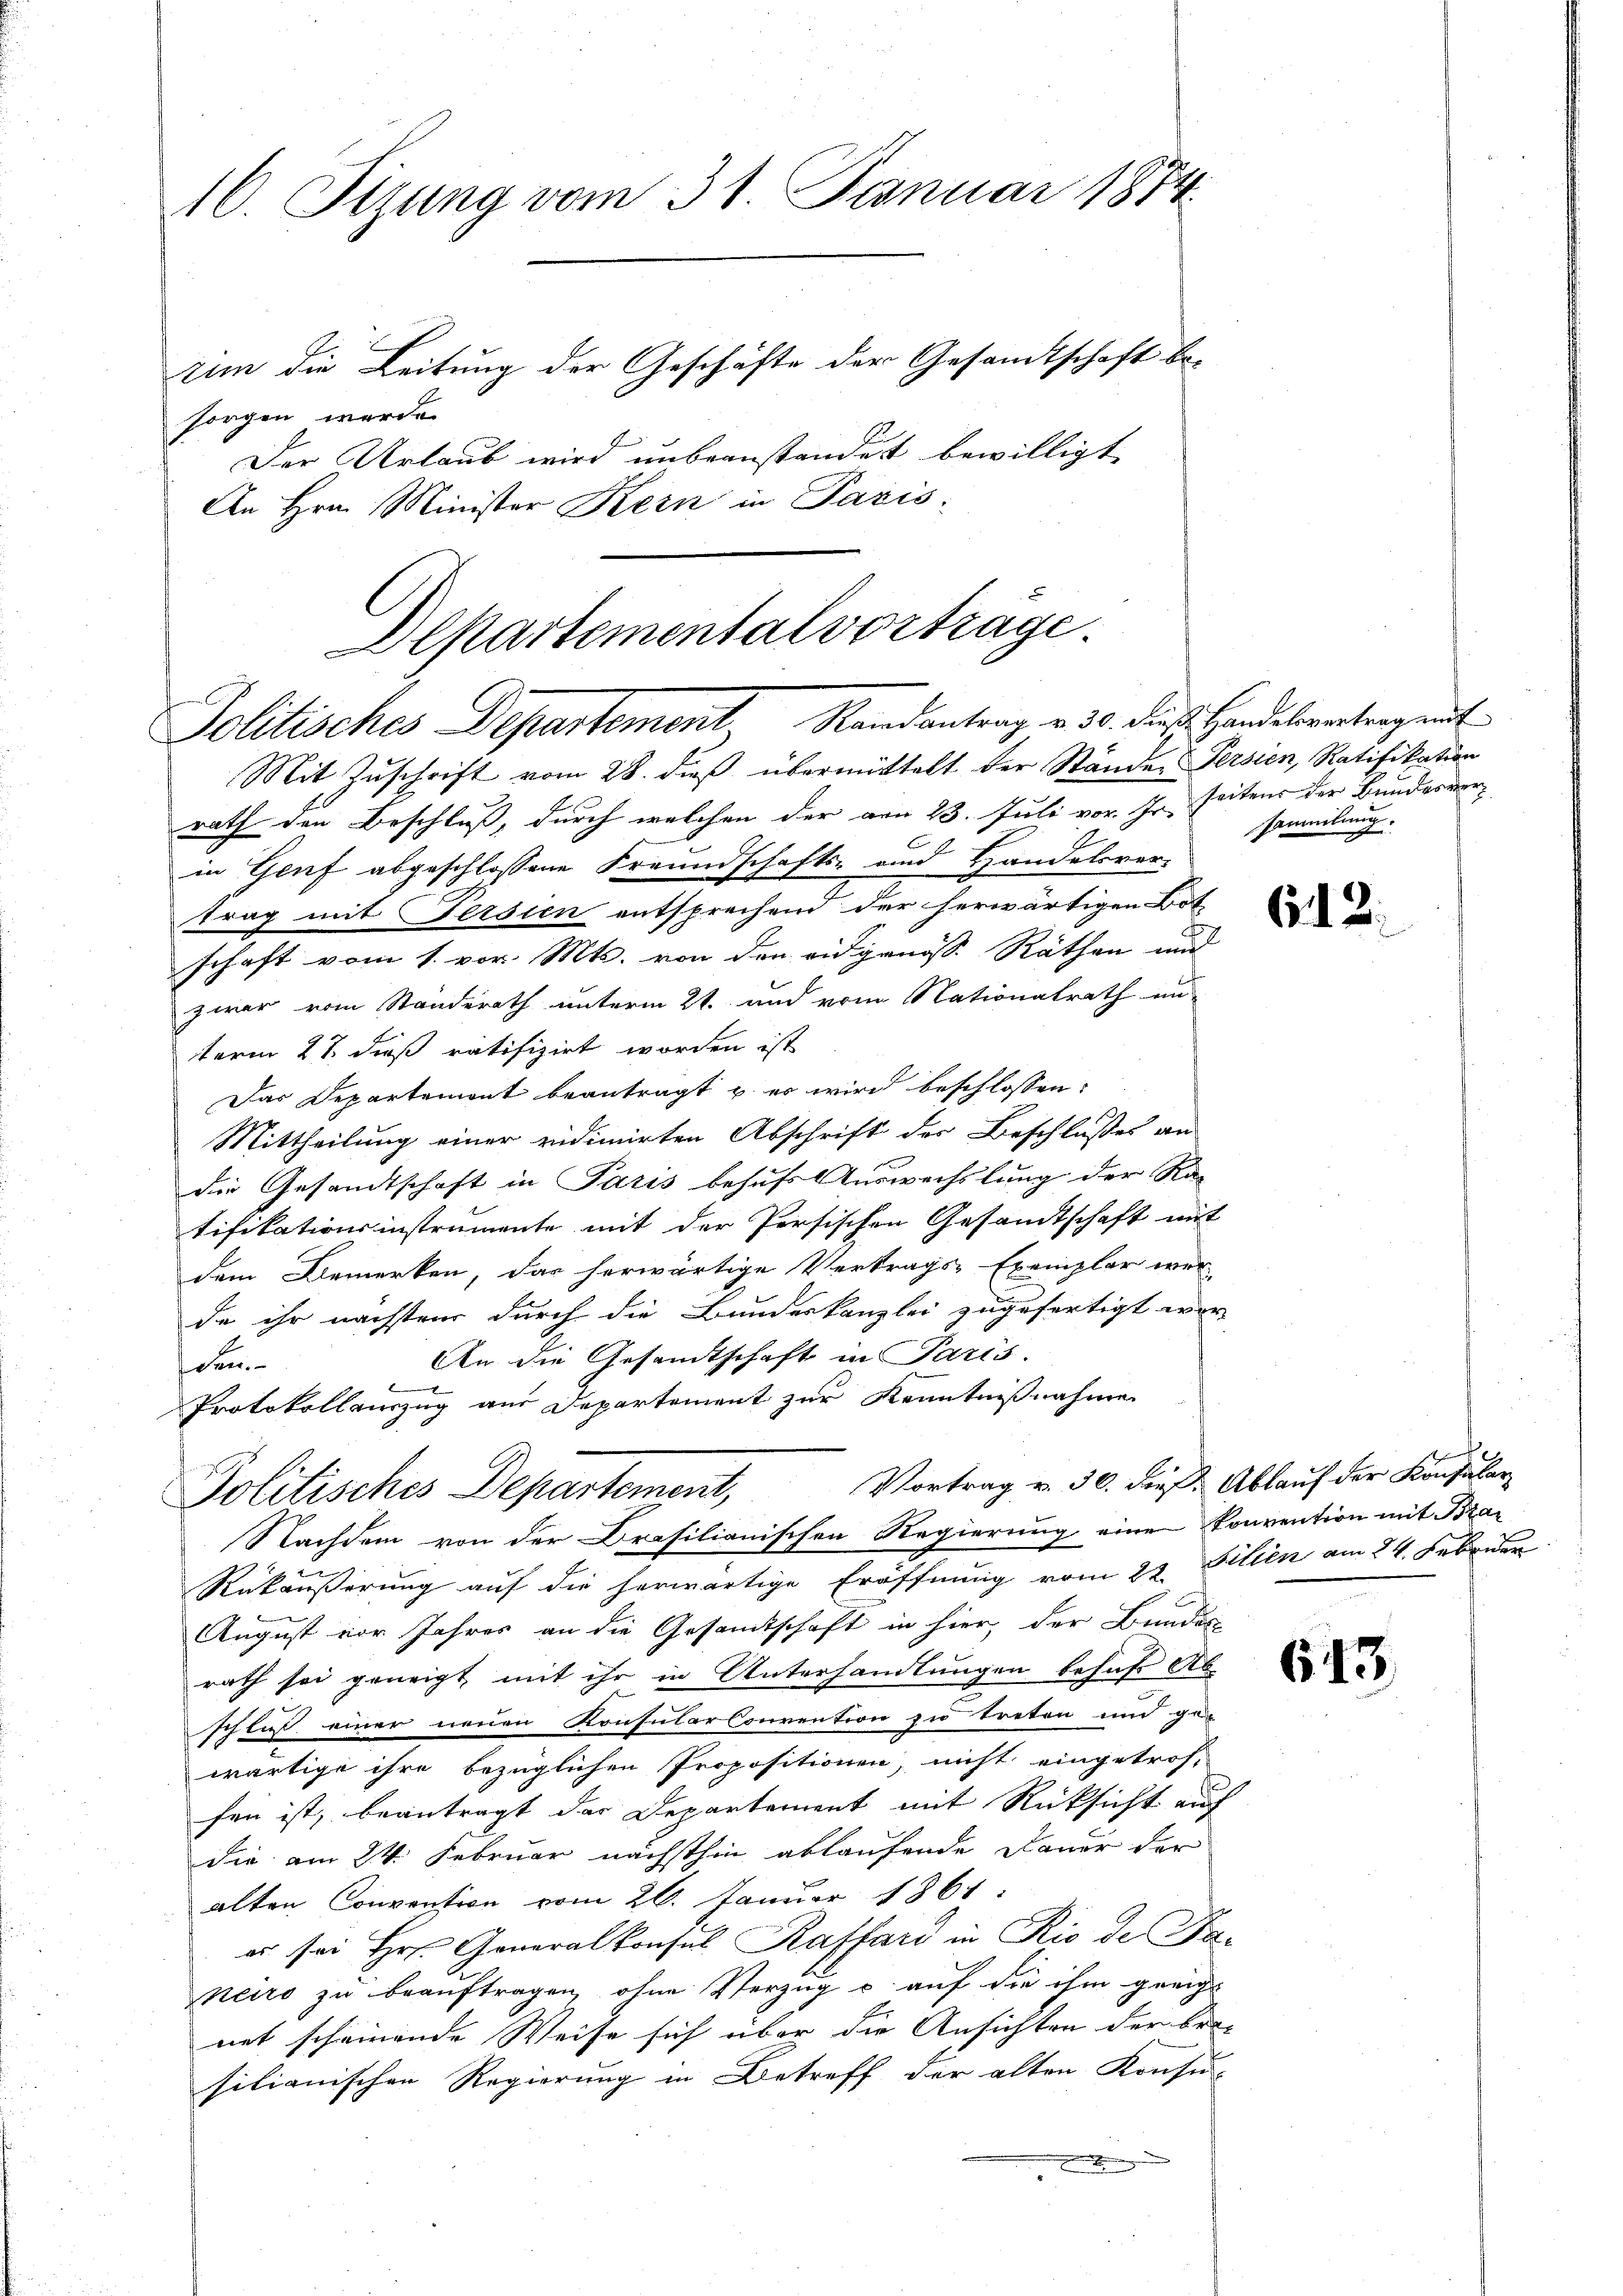
16. Sizung vom 31. Januar 1874
zum die Leitung der Geschäfte der Gesamtschaft be-
sorgen wurde.

An Hrn. Minister Kern in Paris

Der Urlaub wird unbeanstandet bewilligt

Departemental vorträge.
Politisches Departement Randantrag v. 30. dies Handelsvertragent
Mit Zuschrift vom 28. dieß übermittelt der Stände Persien, Ratifikation

rath den Beschluß, durch welchen der am 23. Juli vor. Js. seitens der Bundesverin Genf abgeschlossene Freundschafts- und Handelsver-
trag mit Fersien entsprechend der herwärtigen Bot
schaft vom 1. vor. Mts. von den eidgenosse Räthen und
zwar vom Standerath unterm 21. und vom Nationalrath un-
term 27. dieß ratifizirt worden ist
Das Departemont beantragt u. er wird beschlossen:
Mittheilung einer vidimirten Abschrift der Beschlusses an
die Gesandtschaft in Paris behufs Auswechslung der Ra
tifikationsinstrumente mit der Persischen Gesandtschaft mit
dem Bemerken, das herwärtige Vertrags-Exemplar wer-
de ihr nächsten durch die Bundeskanzlei zugefertigt wor-
An die Gesandtschaft in Paris.
en
Protokollauszug aus Departement zur Kenntnißnahme
Politisches Departement, Vortrag v. 30. dieß. Ablauf der Konsular-
Nachdem von der Brasilianischen Regierung eine Konvention mit Bran
e
Rükäußerung auf die herwärtige Eröffnung vom 22. Filien am 24. Februar
August vor Jahres an die Gesandtschaft in hier, der Bundes
rath sei geneigt mit ihr in Unterhandlungen behufs Ab-
schluß einer neuen Konsularkonvention zu treten und ge-
wärtige ihre bezüglichen Propositionen, nicht eingetrof-
fen ist, beantragt das Departement mit Rücksicht auf
die am 24. Februar nächsthin ablaufende Dauer der
alten Convention vom 26. Januar 1867.
es sei Hr. Generalkonsul Raffard in Rio de Faneiro zu beauftragen ohne Verzug u. auf die ihm gericht
net scheinende Weise sich über die Ansichten der beisilianischen Regierung in Betreff der alten Konsu-

sammlung.

612.

613.